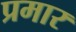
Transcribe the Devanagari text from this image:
प्रमार